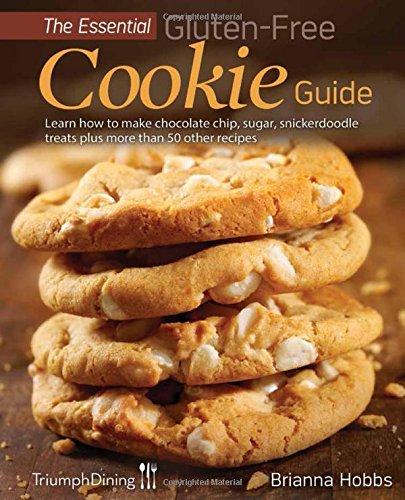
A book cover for The Essential Gluten-Free Cookie Guide; Brianna Hobbs; Health, Fitness & Dieting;